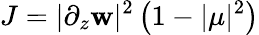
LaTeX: J=|\partial_{z}\mathbf{w}|^{2}\left(1-|\mu|^{2}\right)